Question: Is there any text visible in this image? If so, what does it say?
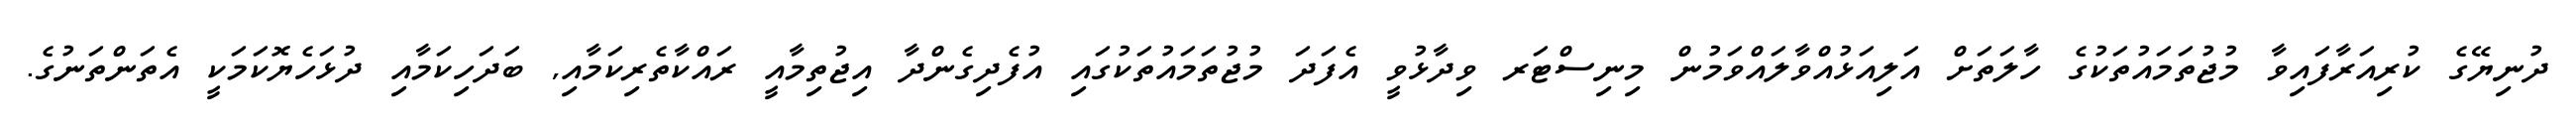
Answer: ދުނިޔޭގެ ކުރިއަރާފައިވާ މުޖުތަމައުތަކުގެ ހާލަތަށް އަލިއަޅުއްވާލައްވަމުން މިނިސްޓަރ ވިދާޅުވީ އެފަދަ މުޖުތަމައުތަކުގައި އުފެދިގެންދާ އިޖުތިމާއީ ރައްކާތެރިކަމާއި, ބަދަހިކަމާއި ދުޅަހެޔޮކަމަކީ އެތަންތަނުގެ.